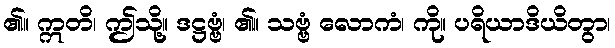
၏။ ဣတိ၊ ဤသို့။ ဒဋ္ဌဗ္ဗံ၊ ၏။ သဗ္ဗံ လောကံ၊ ကို။ ပရိယာဒိယိတွာ၊